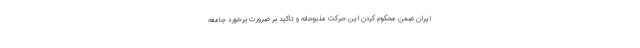
ایران ضمن محکوم کردن این حرکت مذبوحانه و تاکید بر ضرورت برخورد جامعه